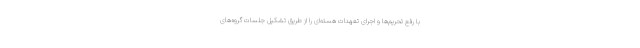
با رفع تحریم‌ها و اجرای تعهدات هسته‌ای را از طریق تشکیل جلسات گروه‌های